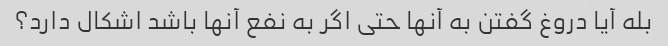
بله آیا دروغ گفتن به آنها حتی اگر به نفع آنها باشد اشکال دارد؟